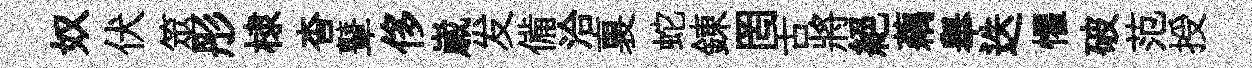
奴伏筮彤棣杳鼙侈𡻕发備洽裏蛇錬罔舌將絕藕舉迭懼破范授